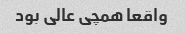
واقعا همچی عالی بود